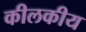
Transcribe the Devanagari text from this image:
कीलकीय